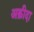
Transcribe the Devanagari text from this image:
अक़ीदा